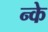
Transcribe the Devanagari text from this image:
न्के